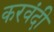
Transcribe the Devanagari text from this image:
करवंदी